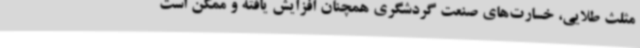
مثلث طلایی، خسارت‌های صنعت گردشگری همچنان افزایش یافته و ممکن است